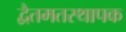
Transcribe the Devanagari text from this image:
द्वैतमतस्थापक